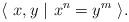
LaTeX: \begin{align*}\langle \ x, y \ \vert\ x^n=y^m\ \rangle.\end{align*}